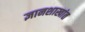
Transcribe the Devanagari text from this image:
ज्ञानशाखांत